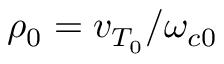
\rho _ { 0 } = v _ { T _ { 0 } } / \omega _ { c 0 }